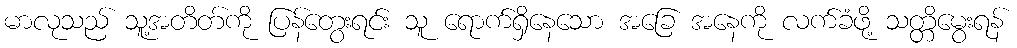
မာလုသည် သူ့အတိတ်ကို ပြန်တွေးရင်း သူ ရောက်ရှိနေသော အခြေ အနေကို လက်ခံဖို့ သတ္တိမွေးရန်